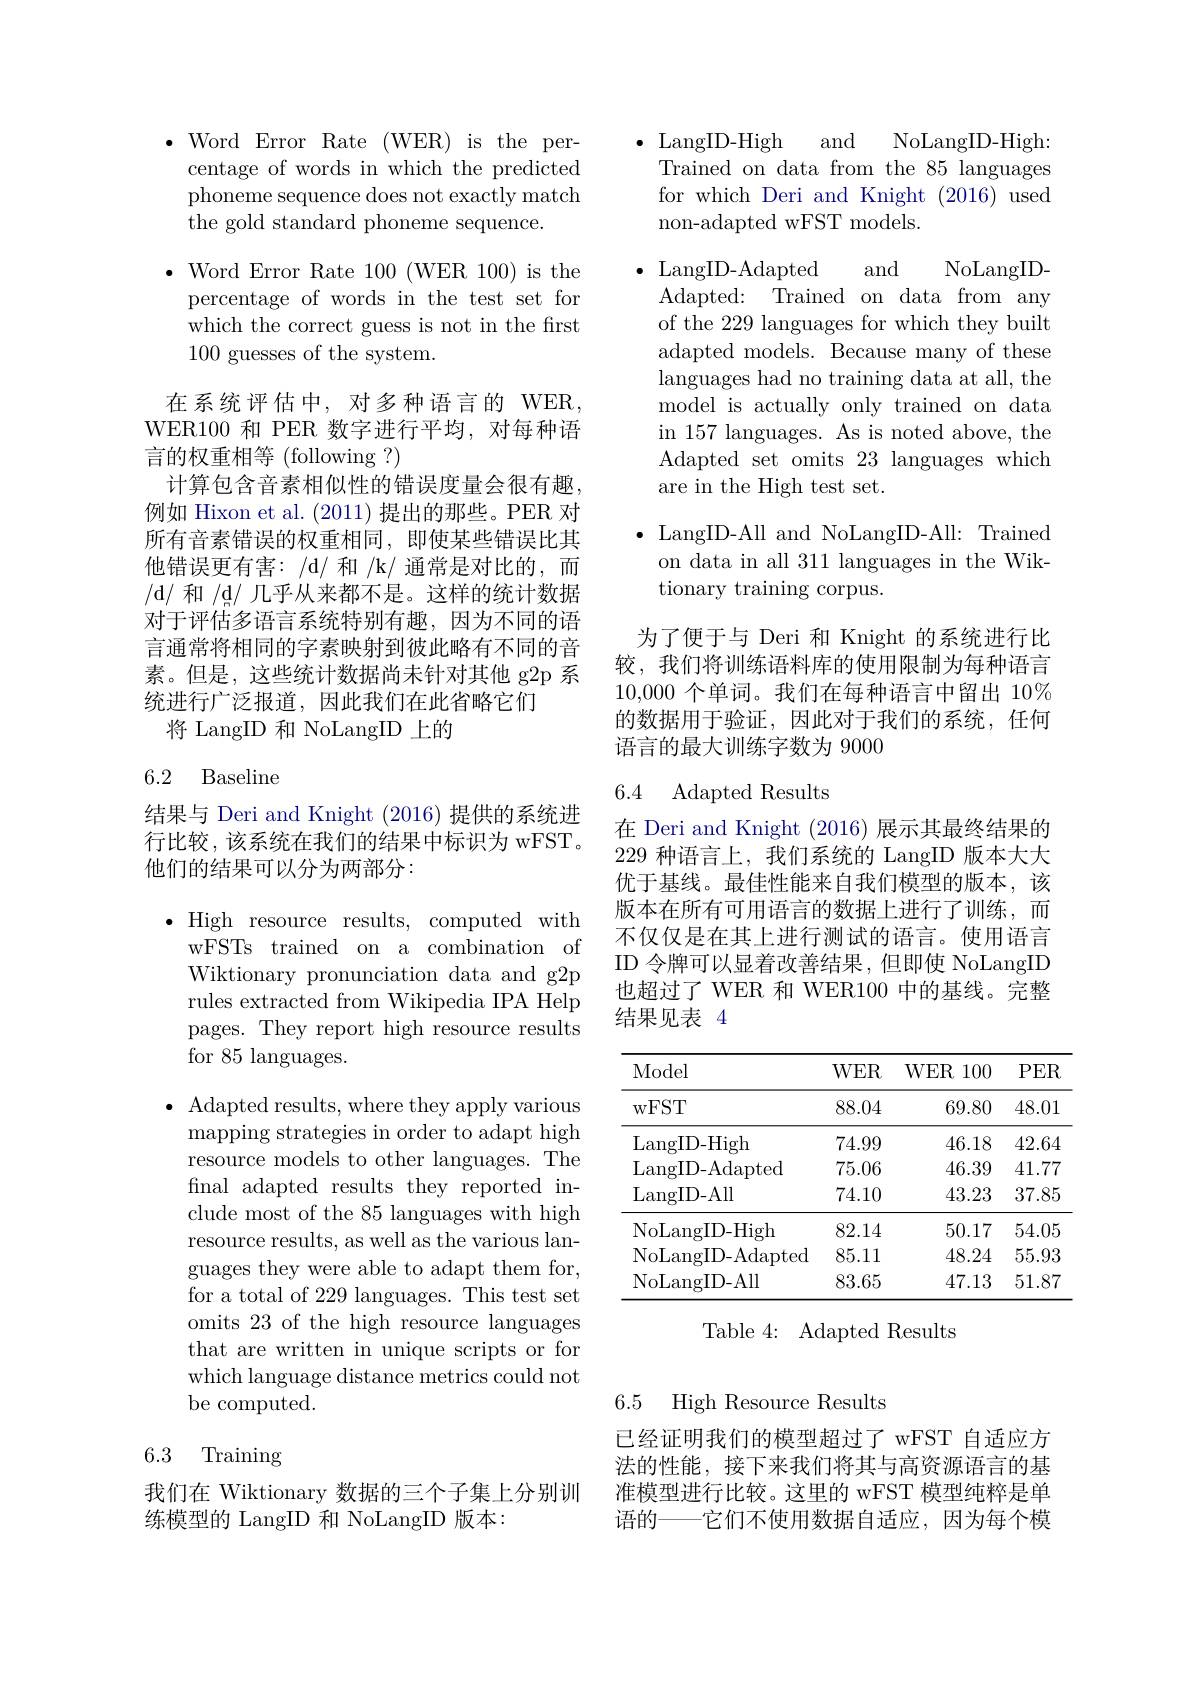
$\bullet$ Word Error Rate (WER) is the percentage of words in which the predicted phoneme sequence does not exactly match the gold standard phoneme sequence.

$\bullet$ Word Error Rate 100(WER 100)is the percentage of words in the test set for which the correct guess is not in the first 100 guesses of the system.

在系统评估中，对多种语言的 WER, WER100 和 PER 数字进行平均，对每种语言的权重相等 (following ?)
计算包含音素相似性的错误度量会很有趣例如 Hixon et al. (2011)提出的那些。PER 对所有音素错误的权重相同，即使某些错误比其他错误更有害：/d/ 和 /k/ 通常是对比的，而/d/ 和 /d/ 几乎从来都不是。这样的统计数据对于评估多语言系统特别有趣，因为不同的语言通常将相同的字素映射到彼此略有不同的音素。但是，这些统计数据尚未针对其他 g2p 系统进行广泛报道，因此我们在此省略它们
将 LangID 和 NoLangID 上的

6.2 Baseline

结果与 Deri and Knight (2016) 提供的系统进行比较，该系统在我们的结果中标识为 wFST。他们的结果可以分为两部分：

High resource results, computed with wFSTs trained on a combination of Wiktionary pronunciation data and g2p rules extracted from Wikipedia IPA Help pages. They report high resource results for 85 languages.

$\bullet$ Adapted results, where they apply various mapping strategies in order to adapt high resource models to other languages. The final adapted results they reported include most of the 85 languages with high resource results, as well as the various languages they were able to adapt them for, for a total of 229 languages. This test set omits 23 of the high resource languages that are written in unique scripts or for which language distance metrics could not be computed.

## 6.3 Training

我们在 Wiktionary 数据的三个子集上分别训
练模型的 LangID 和 NoLangID 版本：

$\bullet$ LangID-High and
NoLangID-High:
Trained on data from the 85 languages for which Deri and Knight (2016) used non-adapted wFST models.

and
NoLangID-
$\bullet$ LangID-Adapted
Adapted: Trained on data from any of the 229 languages for which they built adapted models. Because many of these languages had no training data at all, the model is actually only trained on data in 157 languages. As is noted above, the Adapted set omits 23 languages which are in the High test set.

$\bullet$ LangID-All and NoLangID-All: Trained
on data in all 311 languages in the Wik-
tionary training corpus.

为了便于与 Deri 和 Knight 的系统进行比较，我们将训练语料库的使用限制为每种语言10,000个单词。我们在每种语言中留出$10\%$ 的数据用于验证，因此对于我们的系统，任何语言的最大训练字数为 9000

6.4 Adapted Results

在 Deri and Knight (2016) 展示其最终结果的229种语言上，我们系统的 LangID 版本大大优于基线。最佳性能来自我们模型的版本，该版本在所有可用语言的数据上进行了训练，而不仅仅是在其上进行测试的语言。使用语言ID 令牌可以显着改善结果，但即使 NoLangID 也超过了 WER 和 WER100 中的基线。完整结果见表4

<table>
	<tbody>
		<tr>
			<th>Model</th>
			<th>$WER$</th>
			<th>$WER$ 100</th>
			<th>$PER$</th>
		</tr>
		<tr>
			<td>wFST</td>
			<td>88.04</td>
			<td>69.80</td>
			<td>48.01</td>
		</tr>
		<tr>
			<td>LangID- High</td>
			<td>74.99</td>
			<td>46.18</td>
			<td>42.64</td>
		</tr>
		<tr>
			<td>LangID- Adapted</td>
			<td>75.06</td>
			<td>46.39</td>
			<td>41.77</td>
		</tr>
		<tr>
			<td>LangID- All</td>
			<td>74.10</td>
			<td>43.23</td>
			<td>37.85</td>
		</tr>
		<tr>
			<td>NoLangID- High</td>
			<td>82.14</td>
			<td>50.17</td>
			<td>54.05</td>
		</tr>
		<tr>
			<td>NoLangID- Adapted</td>
			<td>85.11</td>
			<td>48.24</td>
			<td>55.93</td>
		</tr>
		<tr>
			<td>NoLangID- All</td>
			<td>83.65</td>
			<td>47.13</td>
			<td>51.87</td>
		</tr>
	</tbody>
</table>

Table 4: Adapted Results

6.5 High Resource Results

已经证明我们的模型超过了 wFST 自适应方法的性能，接下来我们将其与高资源语言的基准模型进行比较。这里的 wFST 模型纯粹是单语的——它们不使用数据自适应，因为每个模